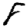
Digit: 8